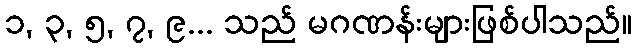
၁, ၃, ၅, ၇, ၉... သည် မဂဏန်းများဖြစ်ပါသည်။